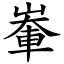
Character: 輋